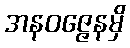
အနဝဇ္ဇေနမှိ